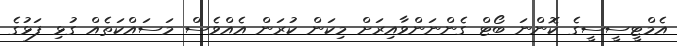
އެމްޓީސީސީގެ ކޮންނަ ބޯޓް ގެންނަންވާއިރަށް މިކަން ކުރަން އެއްވެސް މަސައްކަތެއް ގުޅި ފަޅުގެ